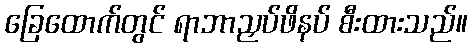
ခြေထောက်တွင် ရာဘာညှပ်ဖိနပ် စီးထားသည်။